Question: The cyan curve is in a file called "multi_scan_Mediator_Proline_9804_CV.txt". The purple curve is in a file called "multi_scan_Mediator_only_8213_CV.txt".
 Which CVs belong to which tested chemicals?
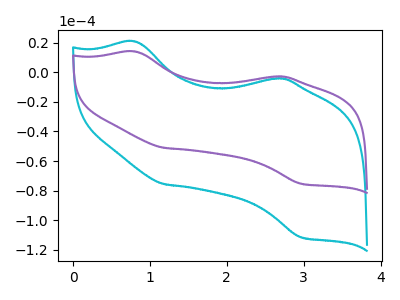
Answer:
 <answer>The cyan curve is labeled "Mediator + Proline". The purple curve is labeled "Mediator + only".</answer>
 <eval></eval>